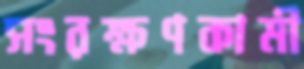
সংরক্ষণকামী